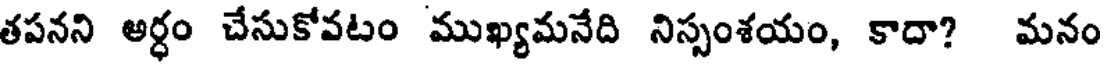
తపనని అర్ధం చేసుకోవటం ముఖ్యమనేది నిస్సంశయం, కాదా? మనం